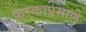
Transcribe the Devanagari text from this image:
फरकाप्रमाणे